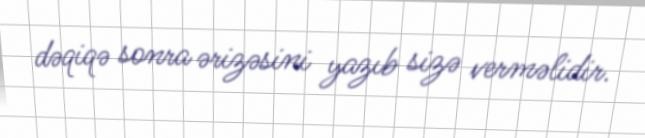
dəqiqə sonra ərizəsini yazıb sizə verməlidir.